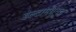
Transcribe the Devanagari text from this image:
डेल्टामधूनच